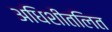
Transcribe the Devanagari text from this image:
अधिशीतलित